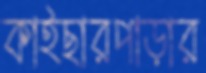
কাইছারপাড়ার